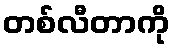
တစ်လီတာကို